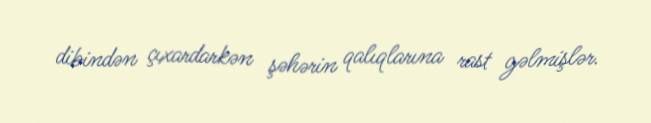
dibindən çıxardarkən şəhərin qalıqlarına rast gəlmişlər.